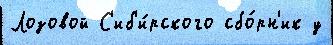
Лозовой С'иб'и́рского сбо́рн'ик у